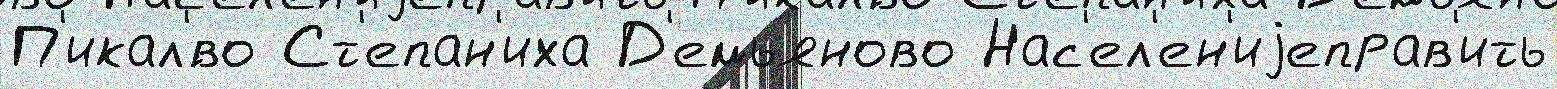
П'икал'́во Ст'епан'иха Д'емьяново Нас'ел'ен'иjеправ'ить